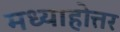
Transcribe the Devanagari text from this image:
मध्याहोत्तर